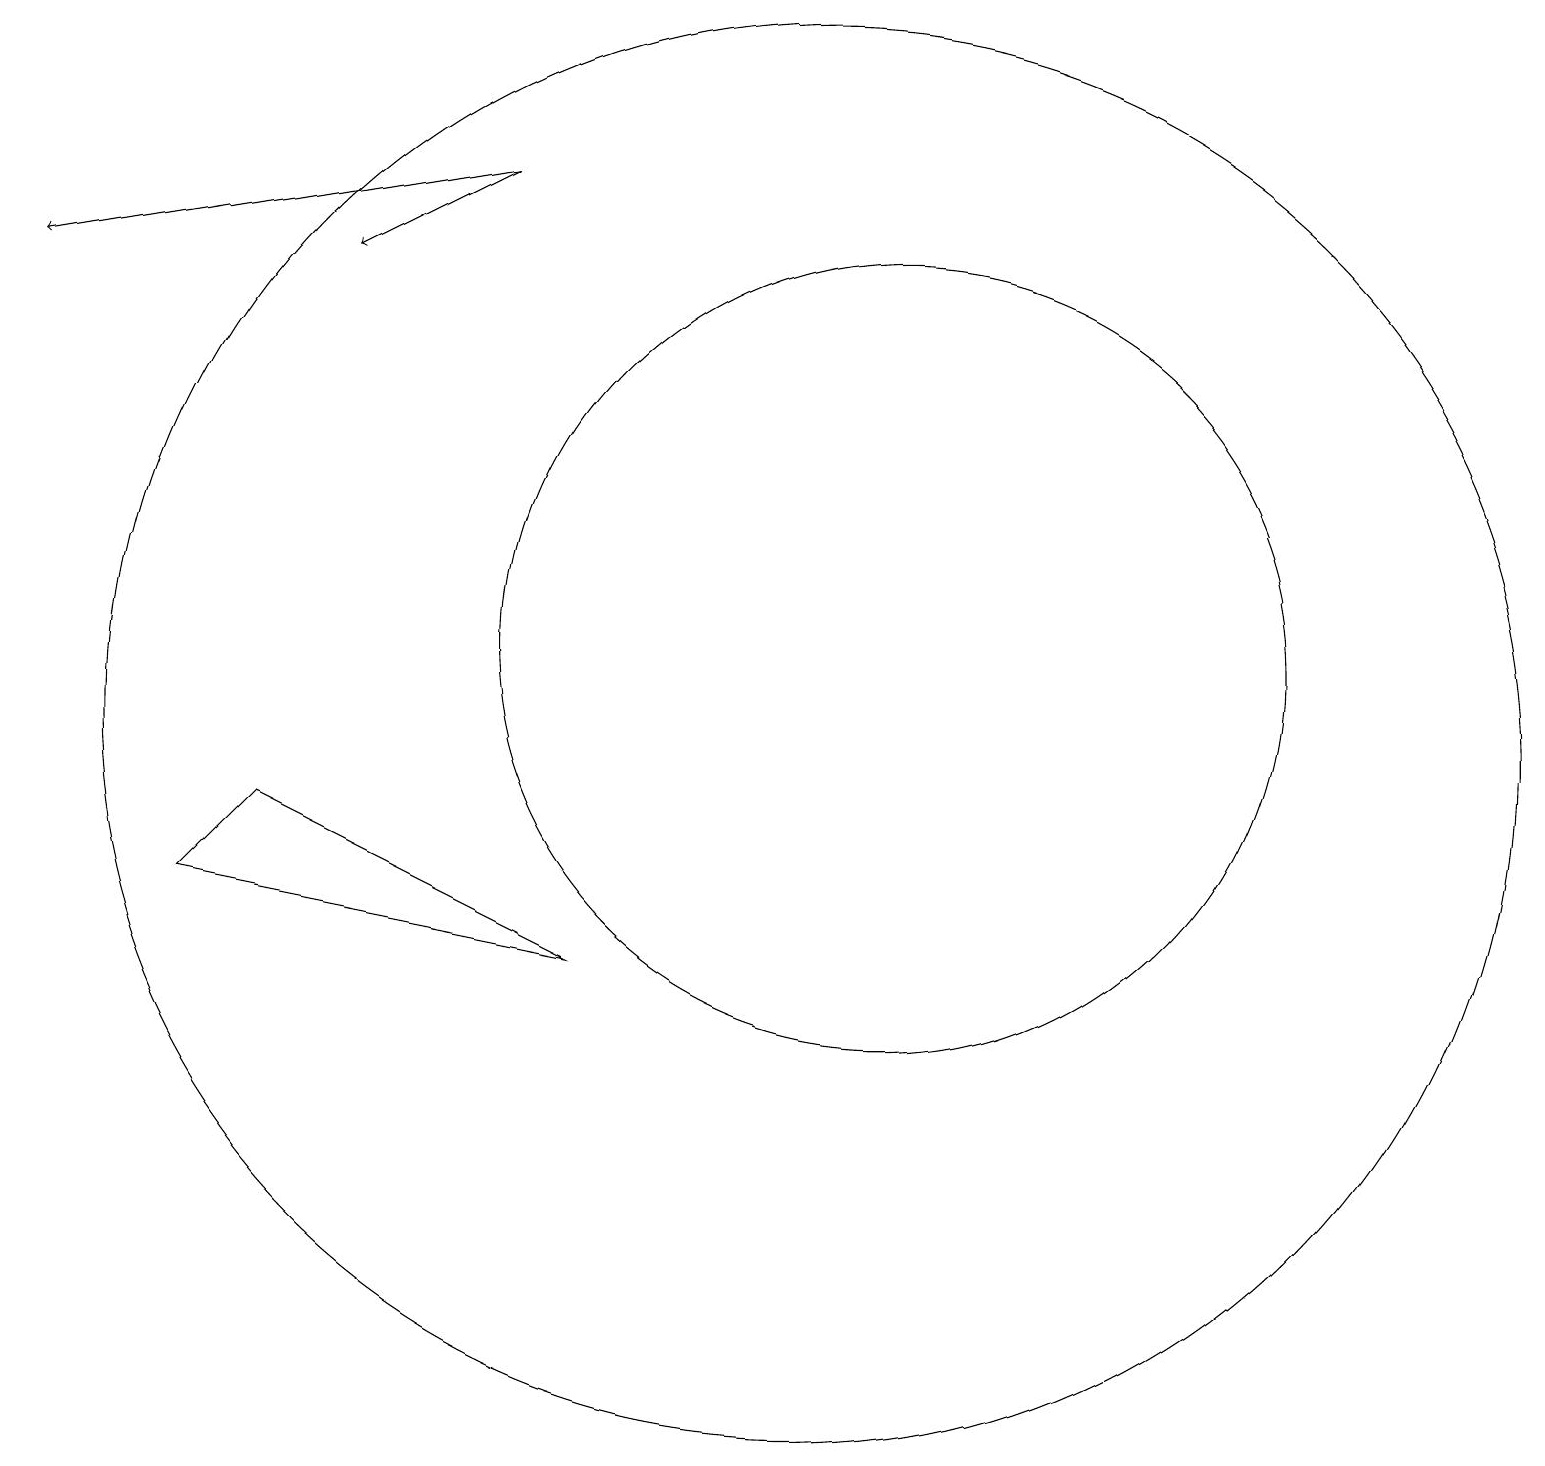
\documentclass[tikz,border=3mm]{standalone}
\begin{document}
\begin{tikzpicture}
\draw (10,10) circle (9);
\draw[->] (6,17) -- (4,16);
\draw[->] (6,17) -- (0,16);
\draw (11,11) circle (5);
\draw (7,7) -- (3,9) -- (2,8) -- cycle;
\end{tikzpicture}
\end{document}